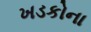
ખડકોના